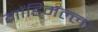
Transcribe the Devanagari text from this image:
गोंडिमल्ला